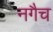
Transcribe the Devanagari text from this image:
नगैच